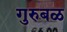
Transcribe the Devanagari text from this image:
गुरुबळ